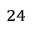
^ { 2 4 }